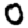
Digit: 0